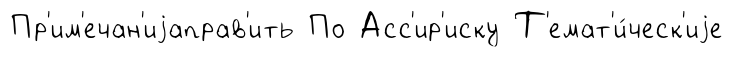
Пр'им'ечан'иjаправ'ить По Асс'ир'иску Т'емат'и́ческ'иjе